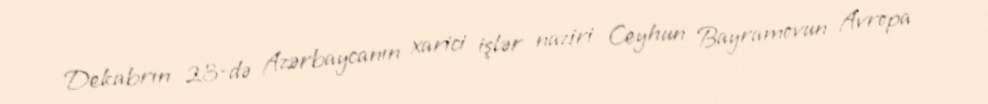
Dekabrın 23-də Azərbaycanın xarici işlər naziri Ceyhun Bayramovun Avropa